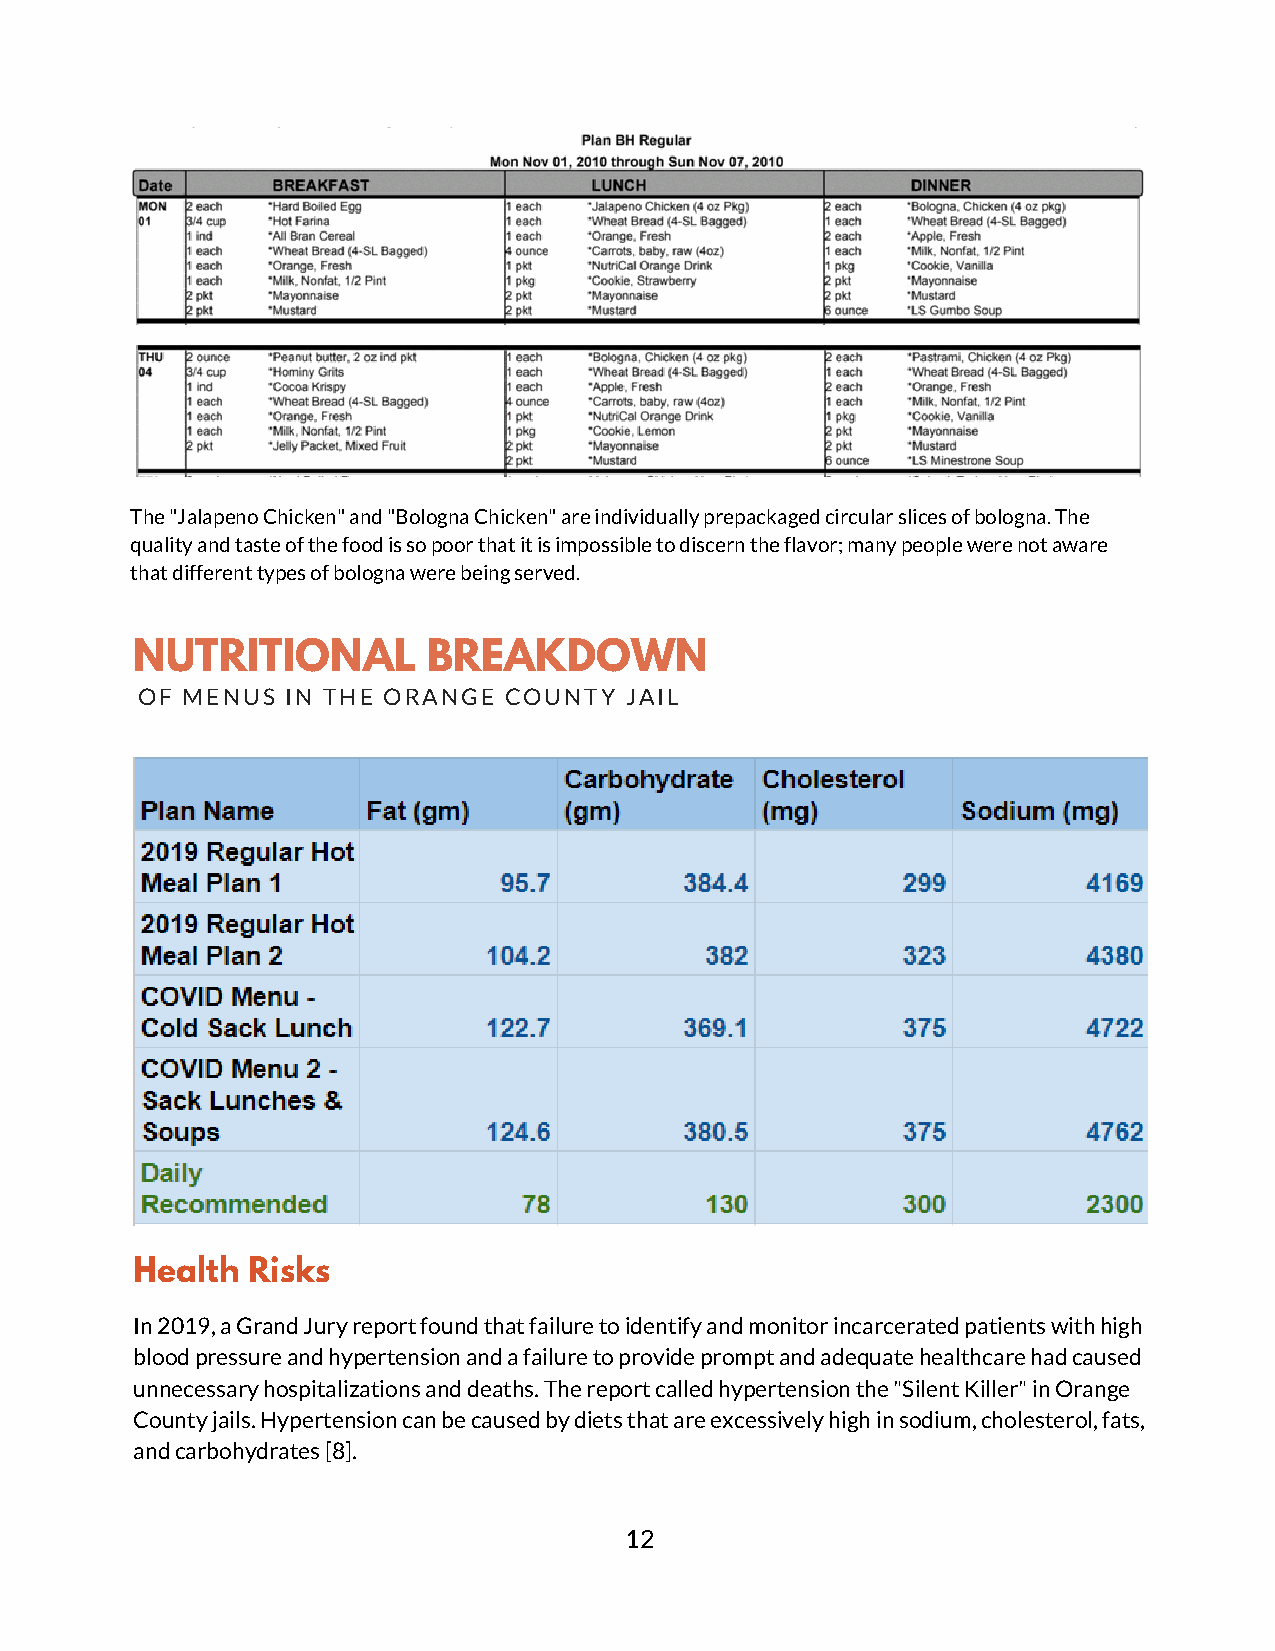
The "Jalapeno Chicken" and "Bologna Chicken" are individually prepackaged circular slices of bologna. The
 quality and taste of the food is so poor that it is impossible to discern the flavor; many people were not aware
 that different types of bologna were being served.
 NUTRITIONAL        BREAKDOWN
 OF MENUS  IN THE ORANGE COUNTY  JAIL
 Health Risks
 In 2019, a Grand Jury report found that failure to identify and monitor incarcerated patients with high
 blood pressure and hypertension and a failure to provide prompt and adequate healthcare had caused
 unnecessary hospitalizations and deaths. The report called hypertension the "Silent Killer" in Orange
 County jails. Hypertension can be caused by diets that are excessively high in sodium, cholesterol, fats,
 and carbohydrates [8].
 12